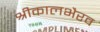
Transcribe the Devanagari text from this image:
श्रीकालभैरव